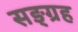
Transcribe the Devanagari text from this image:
सङ्ग्रह